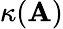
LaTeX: \kappa(\mathbf{A})